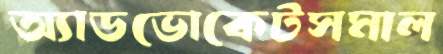
অ্যাডভোকেটসমাল